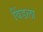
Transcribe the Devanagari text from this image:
विंडला